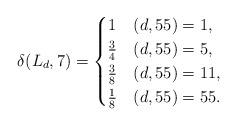
LaTeX: \begin{align*} \delta(L_d,7) = \begin{cases} 1 & (d,55) = 1,\\ \frac{3}{4} & (d,55) = 5,\\ \frac{3}{8} & (d,55) = 11,\\ \frac{1}{8} & (d, 55) = 55. \end{cases}\end{align*}